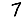
Digit: 7